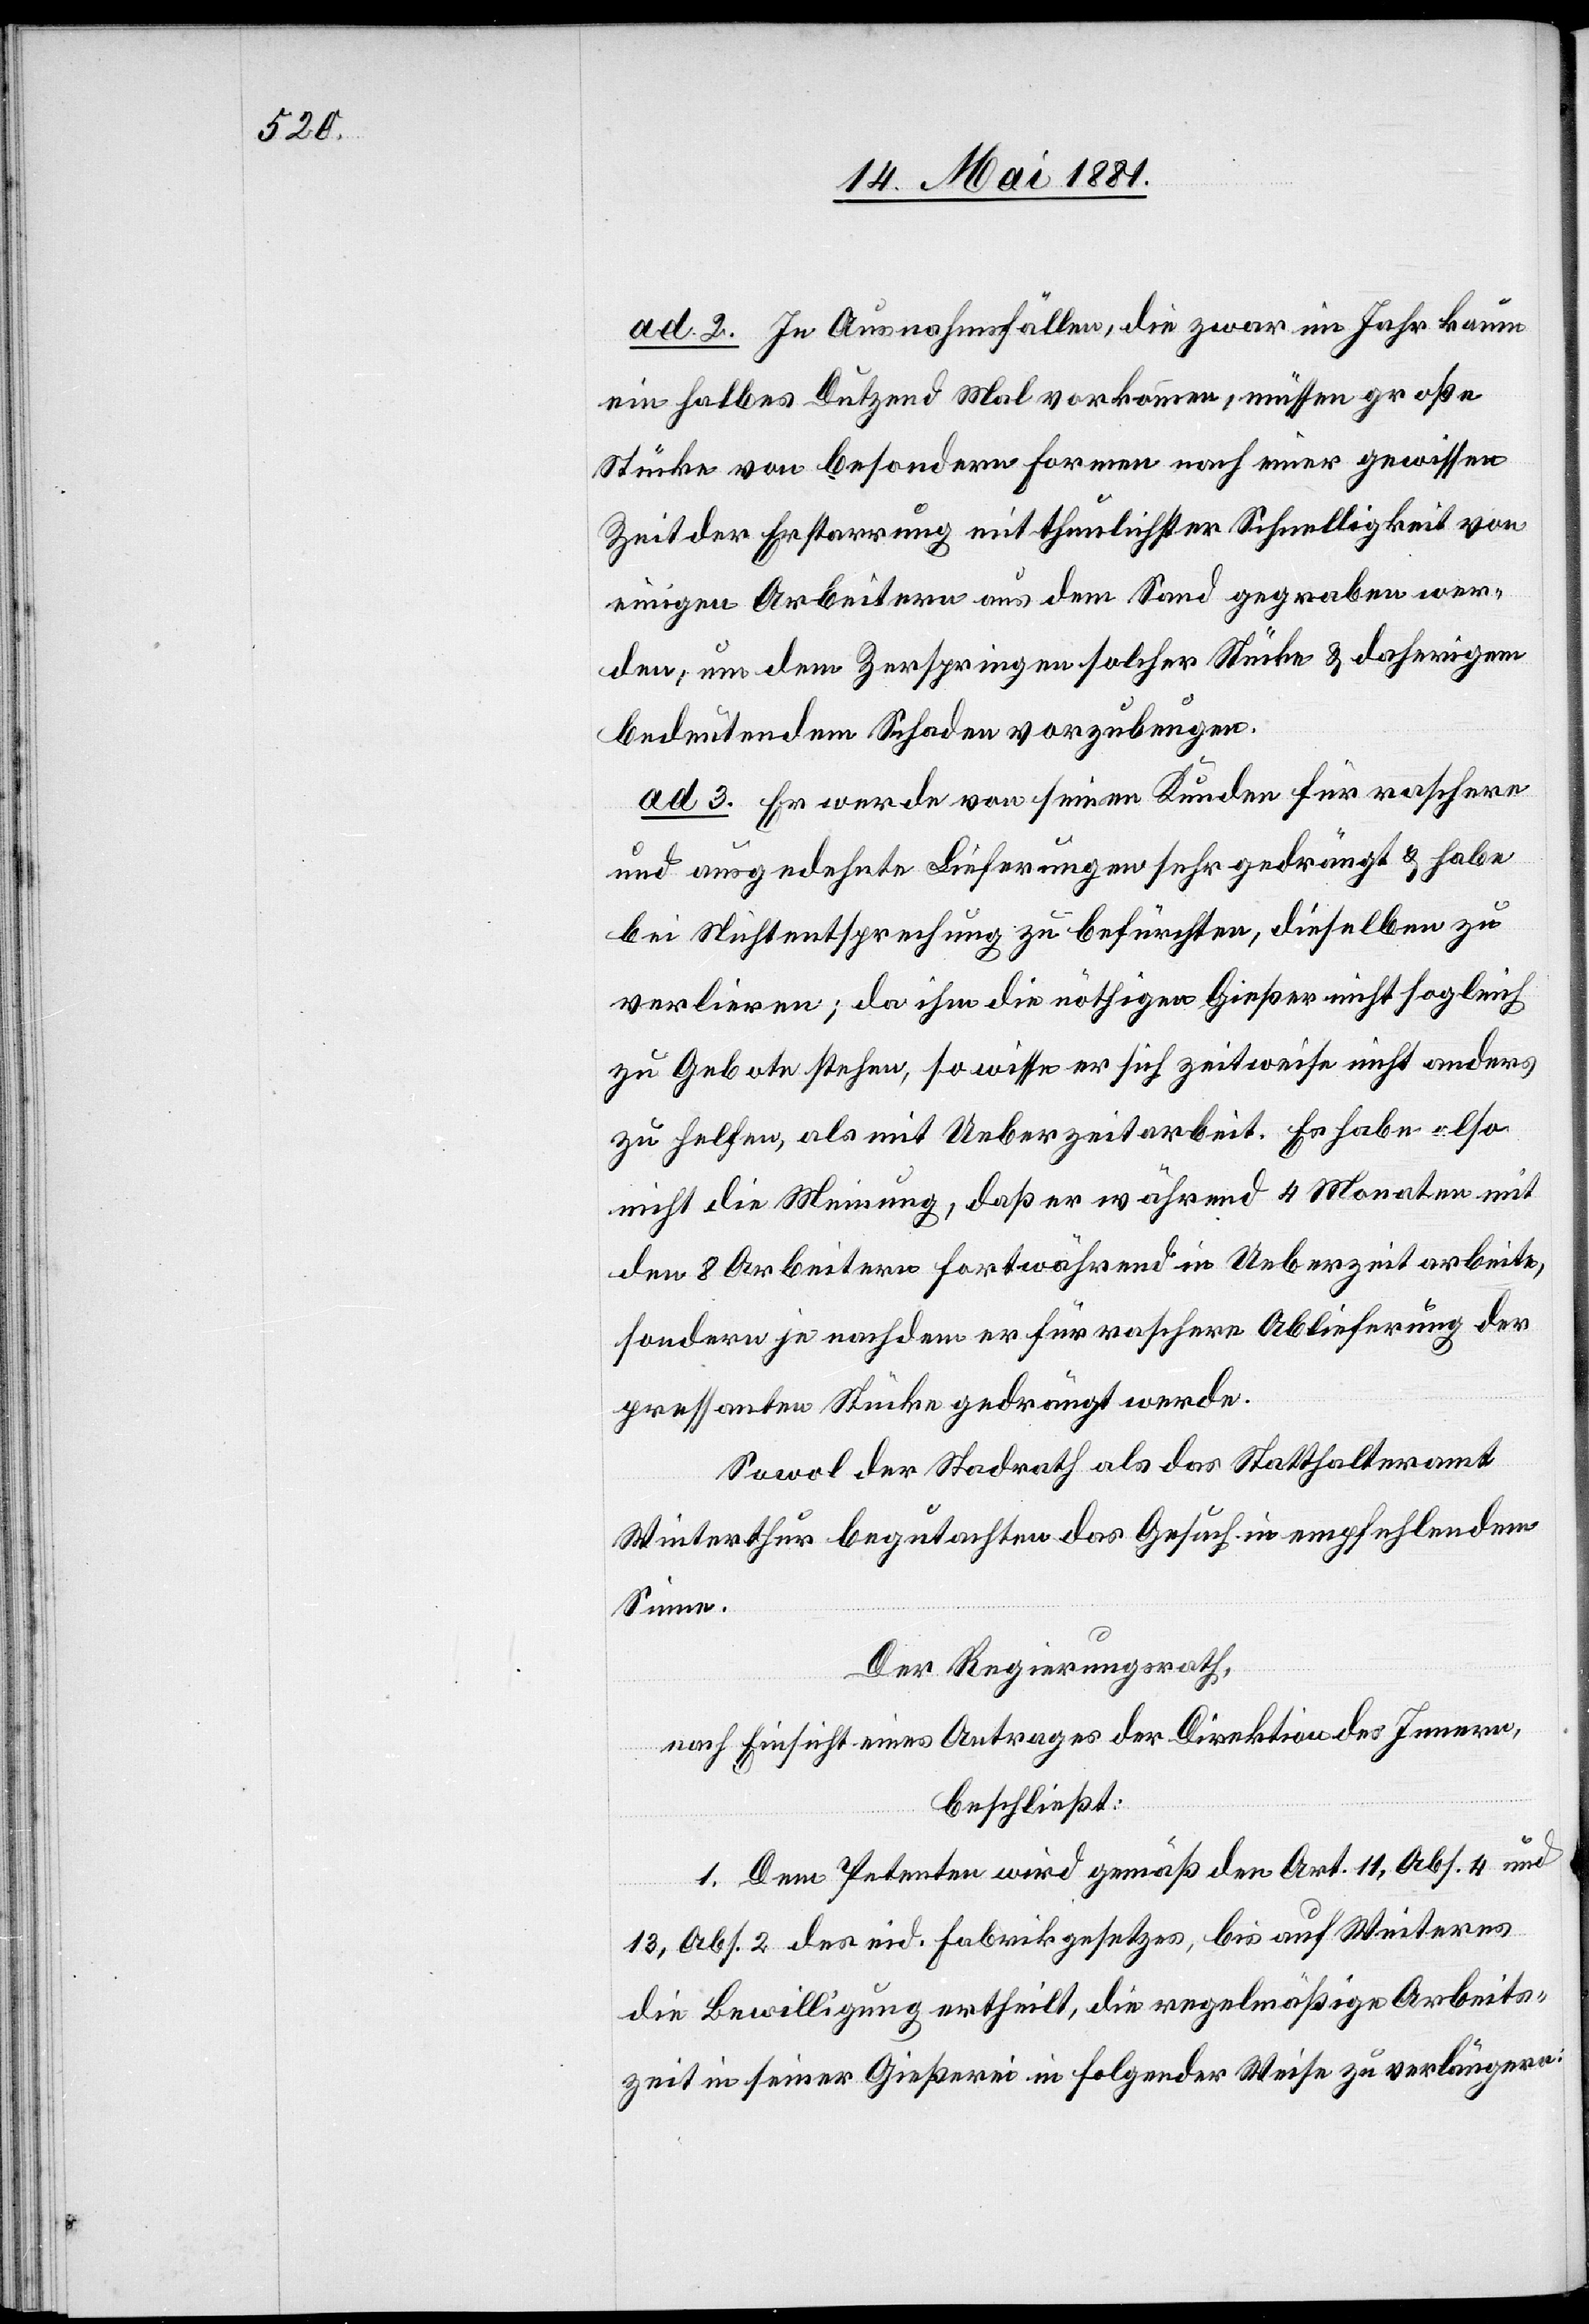
ad 2. In Ausnahmefällen, die zwar im Jahr kaum
ein halbes Dutzend Mal vorkommen, müssen große
Stücke von besondern Formen nach einer gewissen
Zeit der Erstarrung mit thunlichster Schnelligkeit von
einigen Arbeitern aus dem Sand gegraben wer¬
den, um dem Zerspringen solcher Stücke & daherigem
bedeutendem Schaden vorzubeugen.
ad 3. Er werde von seinen Kunden für raschere
und ausgedehnte Lieferungen sehr gedrängt & habe
bei Nichtentsprechung zu befürchten, dieselben zu
verlieren; da ihm die nöthigen Gießer nicht sogleich
zu Gebote stehen, so wisse er sich zeitweise nicht anders
zu helfen, als mit Ueberzeitarbeit. Es habe also
nicht die Meinung, daß er während 4 Monaten mit
den 8 Arbeitern fortwährend in Ueberzeit arbeite,
sondern je nach dem er für raschere Ablieferungen der
pressanten Stücke gedrängt werde.
Sowol der Stadtrath als das Statthalteramt
Winterthur begutachten das Gesuch in empfehlendem
Sinne.
Der Regierungsrath,
nach Einsicht eines Antrages der Direktion des Innern,
beschließt:
1. Dem Petenten wird gemäß den Art. 11, Abs. 4 und
13, Abs. 2 des eid. Fabrikgesetzes, bis auf Weiteres
die Bewilligung ertheilt, die regelmäßige Arbeits¬
zeit in seiner Gießerei in folgender Weise zu verlängern: